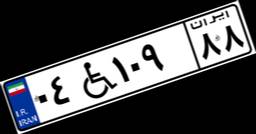
۰۴W۱۰۹۸۸